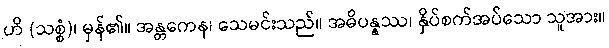
ဟိ (သစ္စံ)၊ မှန်၏။ အန္တကေန၊ သေမင်းသည်။ အဓိပန္နဿ၊ နှိပ်စက်အပ်သော သူအား။